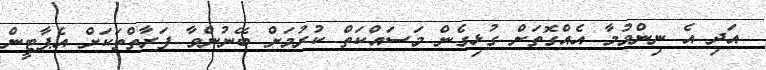
އަދި އެ ނިންމުމާ އެއްގޮތަށް ގުޅިގެން މަސައްކަތް ކުރުމަށް ބޭނުންވާ ފަރާތްތަކަށް އެޕާޓީން